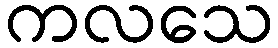
ကလသေ